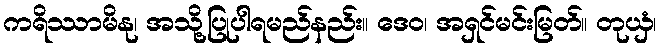
ကရိဿာမိနု၊ အသို့ပြုပါရမည်နည်း။ ဒေဝ၊ အရှင်မင်းမြတ်။ တုယှံ၊